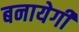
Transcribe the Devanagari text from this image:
बनायेगी